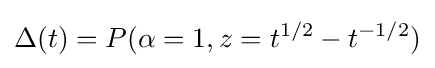
\Delta (t)=P(\alpha =1,z=t^{1/2}-t^{-1/2})